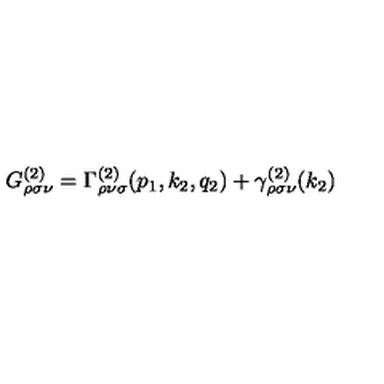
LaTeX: G _ { \rho \sigma \nu } ^ { ( 2 ) } = \Gamma _ { \rho \nu \sigma } ^ { ( 2 ) } ( p _ { 1 } , k _ { 2 } , q _ { 2 } ) + \gamma _ { \rho \sigma \nu } ^ { ( 2 ) } ( k _ { 2 } )